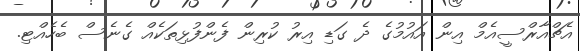
އެޗްއާރްސީއެމް އިން އައުމުގެ ދެ ގަޑި އިރު ކުރިން ފެންފުޅިތަކެއް ގެނެސް ބެހެއްޓި.